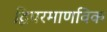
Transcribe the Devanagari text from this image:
द्विपरमाणविक